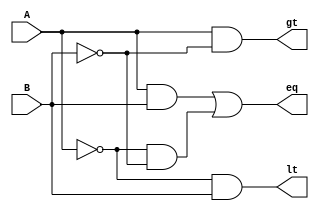
`timescale 1ns / 1ps

module magnitude_comparator_1_bit(A, B, gt, lt, eq);

	input A, B;
	output gt, lt, eq;

//	Equality	
	not n_1 (A_b, A);
	not n_2 (B_b, B);
	
	and and_1 (A_eq, A, B);
	and and_2 (A_eq_b, A_b, B_b);
	
	or or_1 (eq, A_eq, A_eq_b);

// A > B
	and and_3 (gt, A, B_b);
	
// A < B
	and and_4 (lt, A_b, B);

endmodule